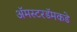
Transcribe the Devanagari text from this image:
ॲमस्टरडॅमकडे